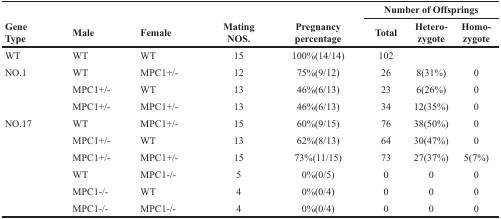
| <ROWSPAN=2> Gene Type | <ROWSPAN=2> Male | <ROWSPAN=2> Female | <ROWSPAN=2> Mating NOS. | <ROWSPAN=2> Pregnancy percentage | <COLSPAN=3> Number of Offsprings |
 | Total | Hetero-zygote | Homo-zygote |
 | --- | --- | --- | --- | --- | --- | --- | --- |
 | WT | WT | WT | 15 | 100%(14/14) | 102 |  |  |
 | NO.1 | WT | MPC1+/− | 12 | 75%(9/12) | 26 | 8(31%) | 0 |
 |  | MPC1+/− | WT | 13 | 46%(6/13) | 23 | 6(26%) | 0 |
 |  | MPC1+/− | MPC1+/− | 13 | 46%(6/13) | 34 | 12(35%) | 0 |
 | NO.17 | WT | MPC1+/− | 15 | 60%(9/15) | 76 | 38(50%) | 0 |
 |  | MPC1+/− | WT | 13 | 62%(8/13) | 64 | 30(47%) | 0 |
 |  | MPC1+/− | MPC1+/− | 15 | 73%(11/15) | 73 | 27(37%) | 5(7%) |
 |  | WT | MPC1−/− | 5 | 0%(0/5) | 0 | 0 | 0 |
 |  | MPC1−/− | WT | 4 | 0%(0/4) | 0 | 0 | 0 |
 |  | MPC1−/− | MPC1−/− | 4 | 0%(0/4) | 0 | 0 | 0 |